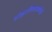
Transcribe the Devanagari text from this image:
टांझानियासाठीची